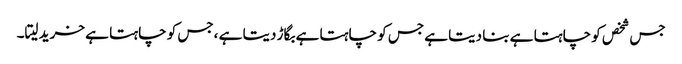
جس شخص کو چاہتا ہے بنا دیتا ہے جس کو چاہتا ہے بگاڑ دیتا ہے ،جس کو چاہتا ہے خرید لیتا۔